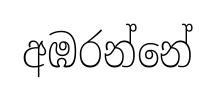
අඹරන්නේ